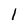
Character: l